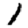
Digit: 1